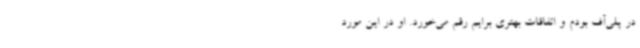
در پلی‌آف بودم و اتفاقات بهتری برایم رقم می‌خورد. او در این مورد